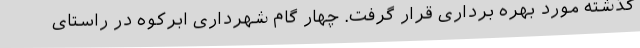
گذشته مورد بهره برداری قرار گرفت. چهار گام شهرداری ابرکوه در راستای